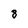
Character: 8